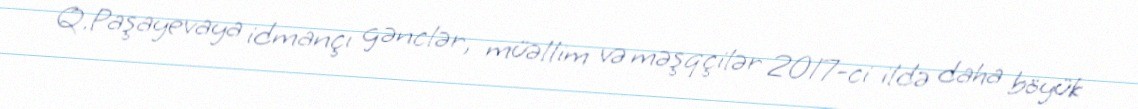
Q.Paşayevaya idmançı gənclər, müəllim və məşqçilər 2017-ci ildə daha böyük